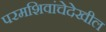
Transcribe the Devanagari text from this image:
परमशिवांचेदेखील